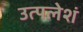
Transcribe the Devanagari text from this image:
उत्पलेशं